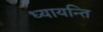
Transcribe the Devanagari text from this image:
ध्यायन्ति